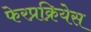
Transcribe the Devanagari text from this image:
फेरप्रक्रियेस